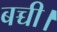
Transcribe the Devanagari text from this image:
बच्ची।